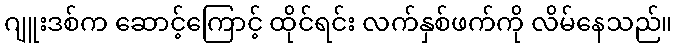
ဂျူးဒစ်က ဆောင့်ကြောင့် ထိုင်ရင်း လက်နှစ်ဖက်ကို လိမ်နေသည်။